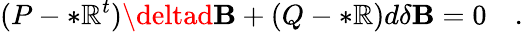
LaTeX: (P-*\mathbb{R}^{t})\deltad\mathbf{B}+(Q-*\mathbb{R})d\delta\mathbf{B}=0\quad.